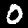
Label: 0